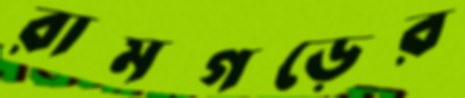
রামগড়ের